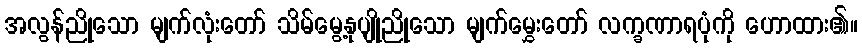
အလွန်ညိုသော မျက်လုံးတော် သိမ်မွေ့နုပျိုညိုသော မျက်မွှေးတော် လက္ခဏာရပုံကို ဟောထား၏။